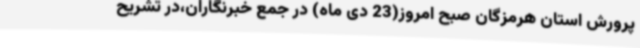
پرورش استان هرمزگان صبح امروز(23 دی ماه) در جمع خبرنگاران،در تشریح